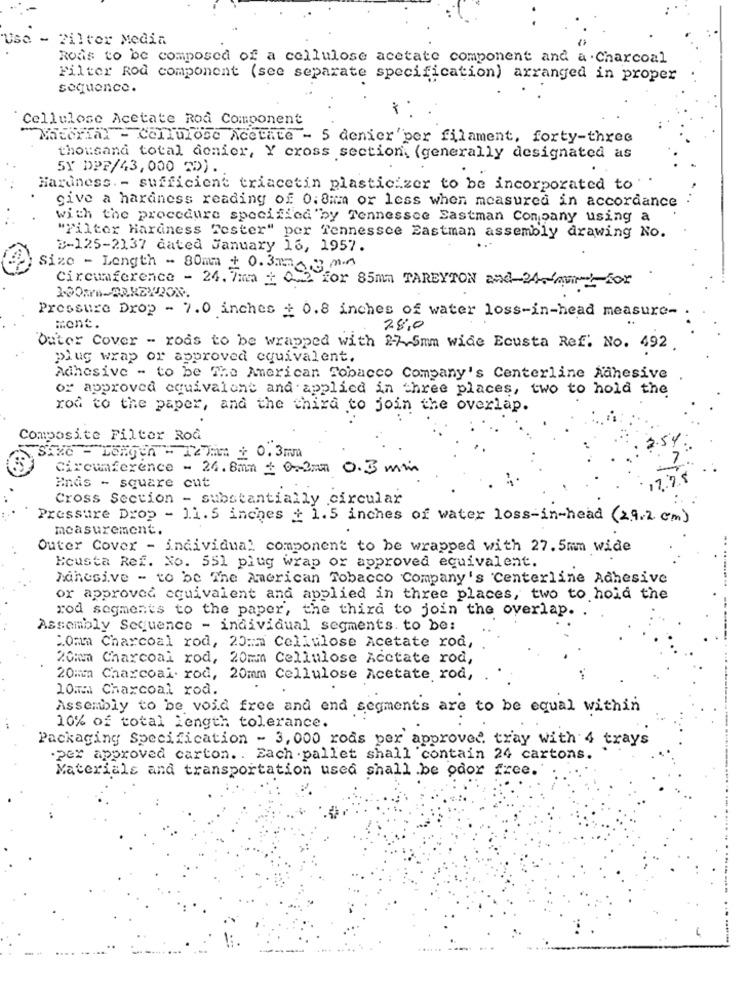
Use - Filter Media
Rods to be composed of a cellulose acetate component and a . Charcoal
Filter Rod component (see separate specification) arranged in proper
sequence.
Cellulose Acetate Rod Component
Material - Cellulose Acetate - 5 denier'per filament, forty-three
thousand total denier, Y cross section. (generally designated as
5Y DPF/43,000 TD).
Hardness. - sufficient triacetin plasticizer to be incorporated to
give a hardness reading of 0:8mm or less when measured in accordance
with the procedure specified "by Tennessee Eastman Company using a
"Filter Hardness Tester" per Tennessee Eastman assembly drawing No.
B-125-2137 dated January 16, 1957.
Size - Length - 80mm + 0. 333 m.
Circumference - 24. 7mm 1 0.2 for 85mm TAREYTON and-24-Amint for
Pressure Drop - 7.0 inches : 0.8 inches of water loss-in-head measure-
ment.
78:0
Outer Cover - rods to be wrapped with 2-7.5mm wide Ecusta Ref. No. 492.
plug wrap or approved equivalent.
Adhesive - to be The American Tobacco Company's Centerline Adhesive
or approved equivalont and applied in three places, two to hold the
rod to the paper, and the chira to join the overlap.
Composite Filter Rod
Six6 - LONGER - 12THM + 0.3mm
Circumference - 24.8mm 1 0:3mm 0.3 mm
Ends - square cut
Cross Section - substantially circular
Pressure Drop - 11.5 inches : 1.5 inches of water loss-in-head (2.9.2 cm)
measurement.
Outer Cover - individual component to be wrapped with 27. 5mm wide
Ecusta Ref. No. 551 plug wrap or approved equivalent.
Adhesive - to be The American Tobacco Company's Centerline Adhesive
or approved equivalent and applied in three places, two to hold the
rod segments to the paper, the third to join the overlap.
Assembly Sequence - individual segments. to be:
:Omm Charcoal rod, 20:m Cellulose Acetate rod,
20mm Charcoal rod, 20mm Cellulose Acetate rod,
20mm Charcoal. rod, 20mm Cellulose Acetate rod,
10mm Charcoal rod.
Assembly to be void free and end segments are to be equal within
10% of total length tolerance.
Packaging Specification - 3, 000 rods per approved tray with 4 trays
.per approved carton .. Each pallet shall contain 24 cartons.
Materials and transportation used shall .be odor free.